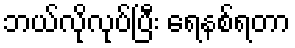
ဘယ်လိုလုပ်ပြီး ရေနစ်ရတာ